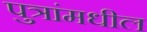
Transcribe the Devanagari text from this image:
पुत्रांमधील